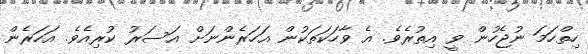
ހިތްހަމަ ނުޖެހުން ވީ އިތުރެވެ. އެ ވާހަކަތަކުން އަހަރެންނަށް އަސަރު ކުރިއެވެ. އަހަރެން